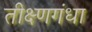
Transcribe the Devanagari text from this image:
तीक्ष्णगंधा